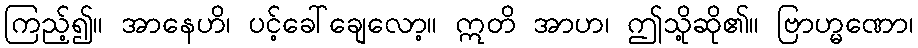
ကြည့်၍။ အာနေဟိ၊ ပင့်ခေါ်ချေလော့။ ဣတိ အာဟ၊ ဤသို့ဆို၏။ ဗြာဟ္မဏော၊